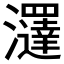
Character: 𤄢